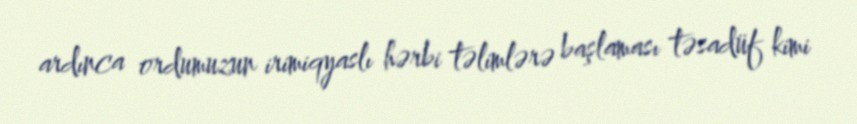
ardınca ordumuzun irimiqyaslı hərbi təlimlərə başlaması təsadüf kimi